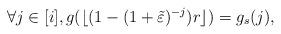
LaTeX: \begin{align*}\forall j \in [i], g(\lfloor ( 1 - ( 1 + \tilde \varepsilon)^{-j})r \rfloor ) = g_s(j),\end{align*}